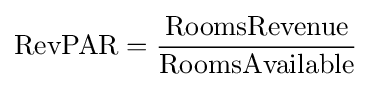
\operatorname {RevPAR} ={\frac {\operatorname {RoomsRevenue} }{\operatorname {RoomsAvailable} }}